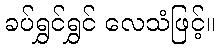
ခပ်ရွှင်ရွှင် လေသံဖြင့်။